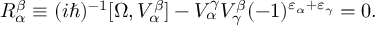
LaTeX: R _ { \alpha } ^ { \beta } \equiv ( i \hbar ) ^ { - 1 } [ \Omega , V _ { \alpha } ^ { \beta } ] - V _ { \alpha } ^ { \gamma } V _ { \gamma } ^ { \beta } ( - 1 ) ^ { \varepsilon _ { \alpha } + \varepsilon _ { \gamma } } = 0 .